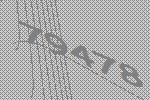
79478